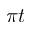
\pi t